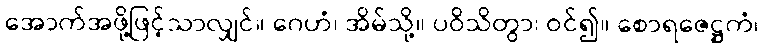
အောက်အဖို့ဖြင့်သာလျှင်။ ဂေဟံ၊ အိမ်သို့။ ပဝိသိတွာ၊ ဝင်၍။ စောရဇေဋ္ဌကံ၊